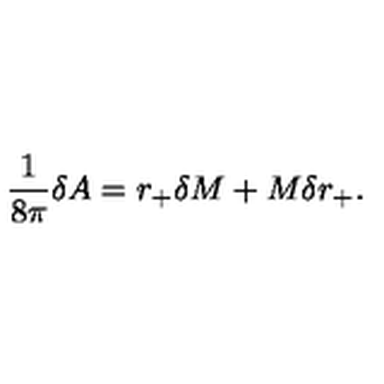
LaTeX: { \frac { 1 } { 8 \pi } } \delta A = r _ { + } \delta M + M \delta r _ { + } .